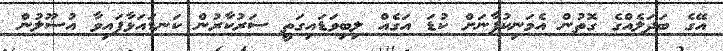
އޭގެ ބަދަލެއްގެ ގޮތުން އެމަނިކުފާނަށް ކުޑަ އަގެއް ލިބިވަޑައިގަތީ ސަރުކާރުން ކަނޑައަޅާފައިވާ އުސޫލުން